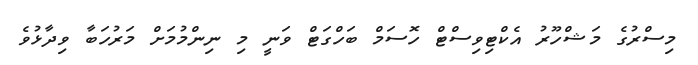
މިސްރުގެ މަޝްހޫރު އެކްޓިވިސްޓް ހޮސަމް ބަހްގަޓް ވަނީ މި ނިންމުމަށް މަރުހަބާ ވިދާޅުވެ